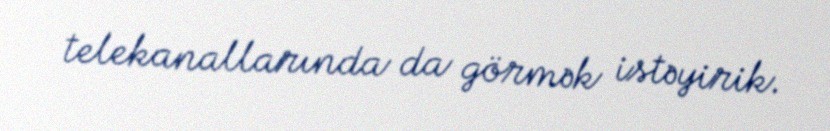
telekanallarında da görmək istəyirik.